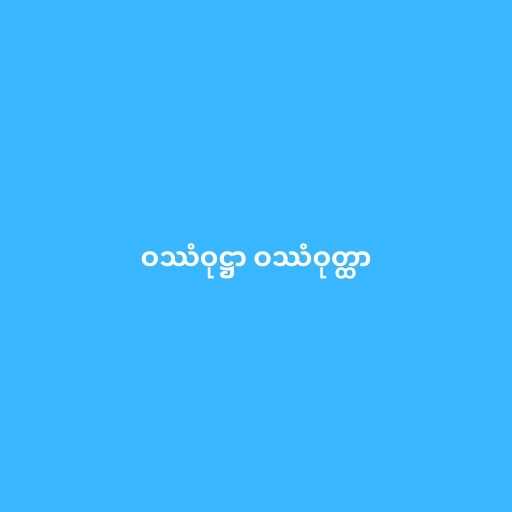
ဝဿံဝုဋ္ဌာ ဝဿံဝုတ္ထာ